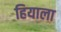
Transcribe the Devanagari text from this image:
हियाला